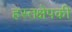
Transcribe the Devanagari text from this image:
हस्तक्षेपकी